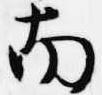
南